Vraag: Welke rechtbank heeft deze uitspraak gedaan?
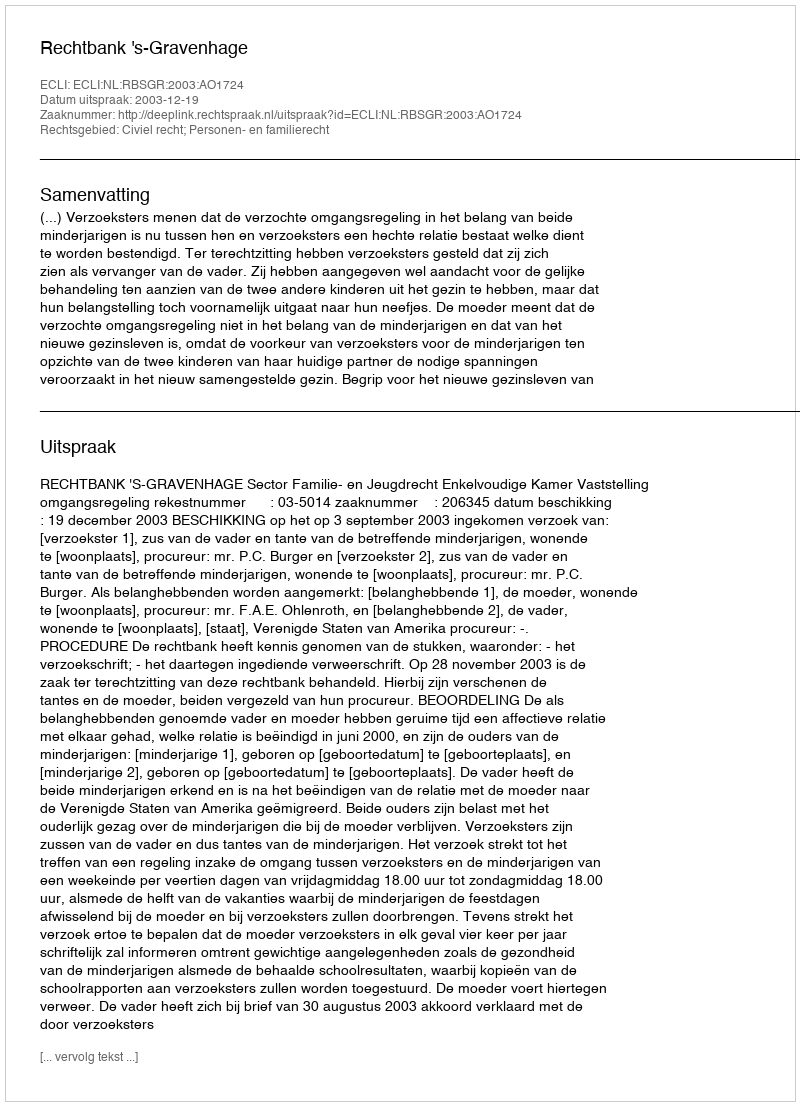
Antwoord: Rechtbank 's-Gravenhage